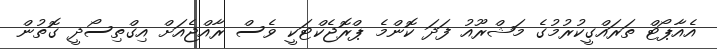
އެއާޕޯޓް ތަރައްގީކުރުމުގެ މަޝްރޫއު ފަދަ ކޮންމެ ޕްރޮޖެކްޓަކީ ވެސް ރާއްޖެއަށް އިގްތިސޯދީ ގޮތުން